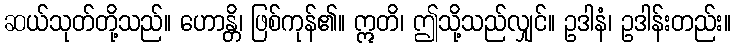
ဆယ်သုတ်တို့သည်။ ဟောန္တိ၊ ဖြစ်ကုန်၏။ ဣတိ၊ ဤသို့သည်လျှင်။ ဥဒါနံ၊ ဥဒါန်းတည်း။